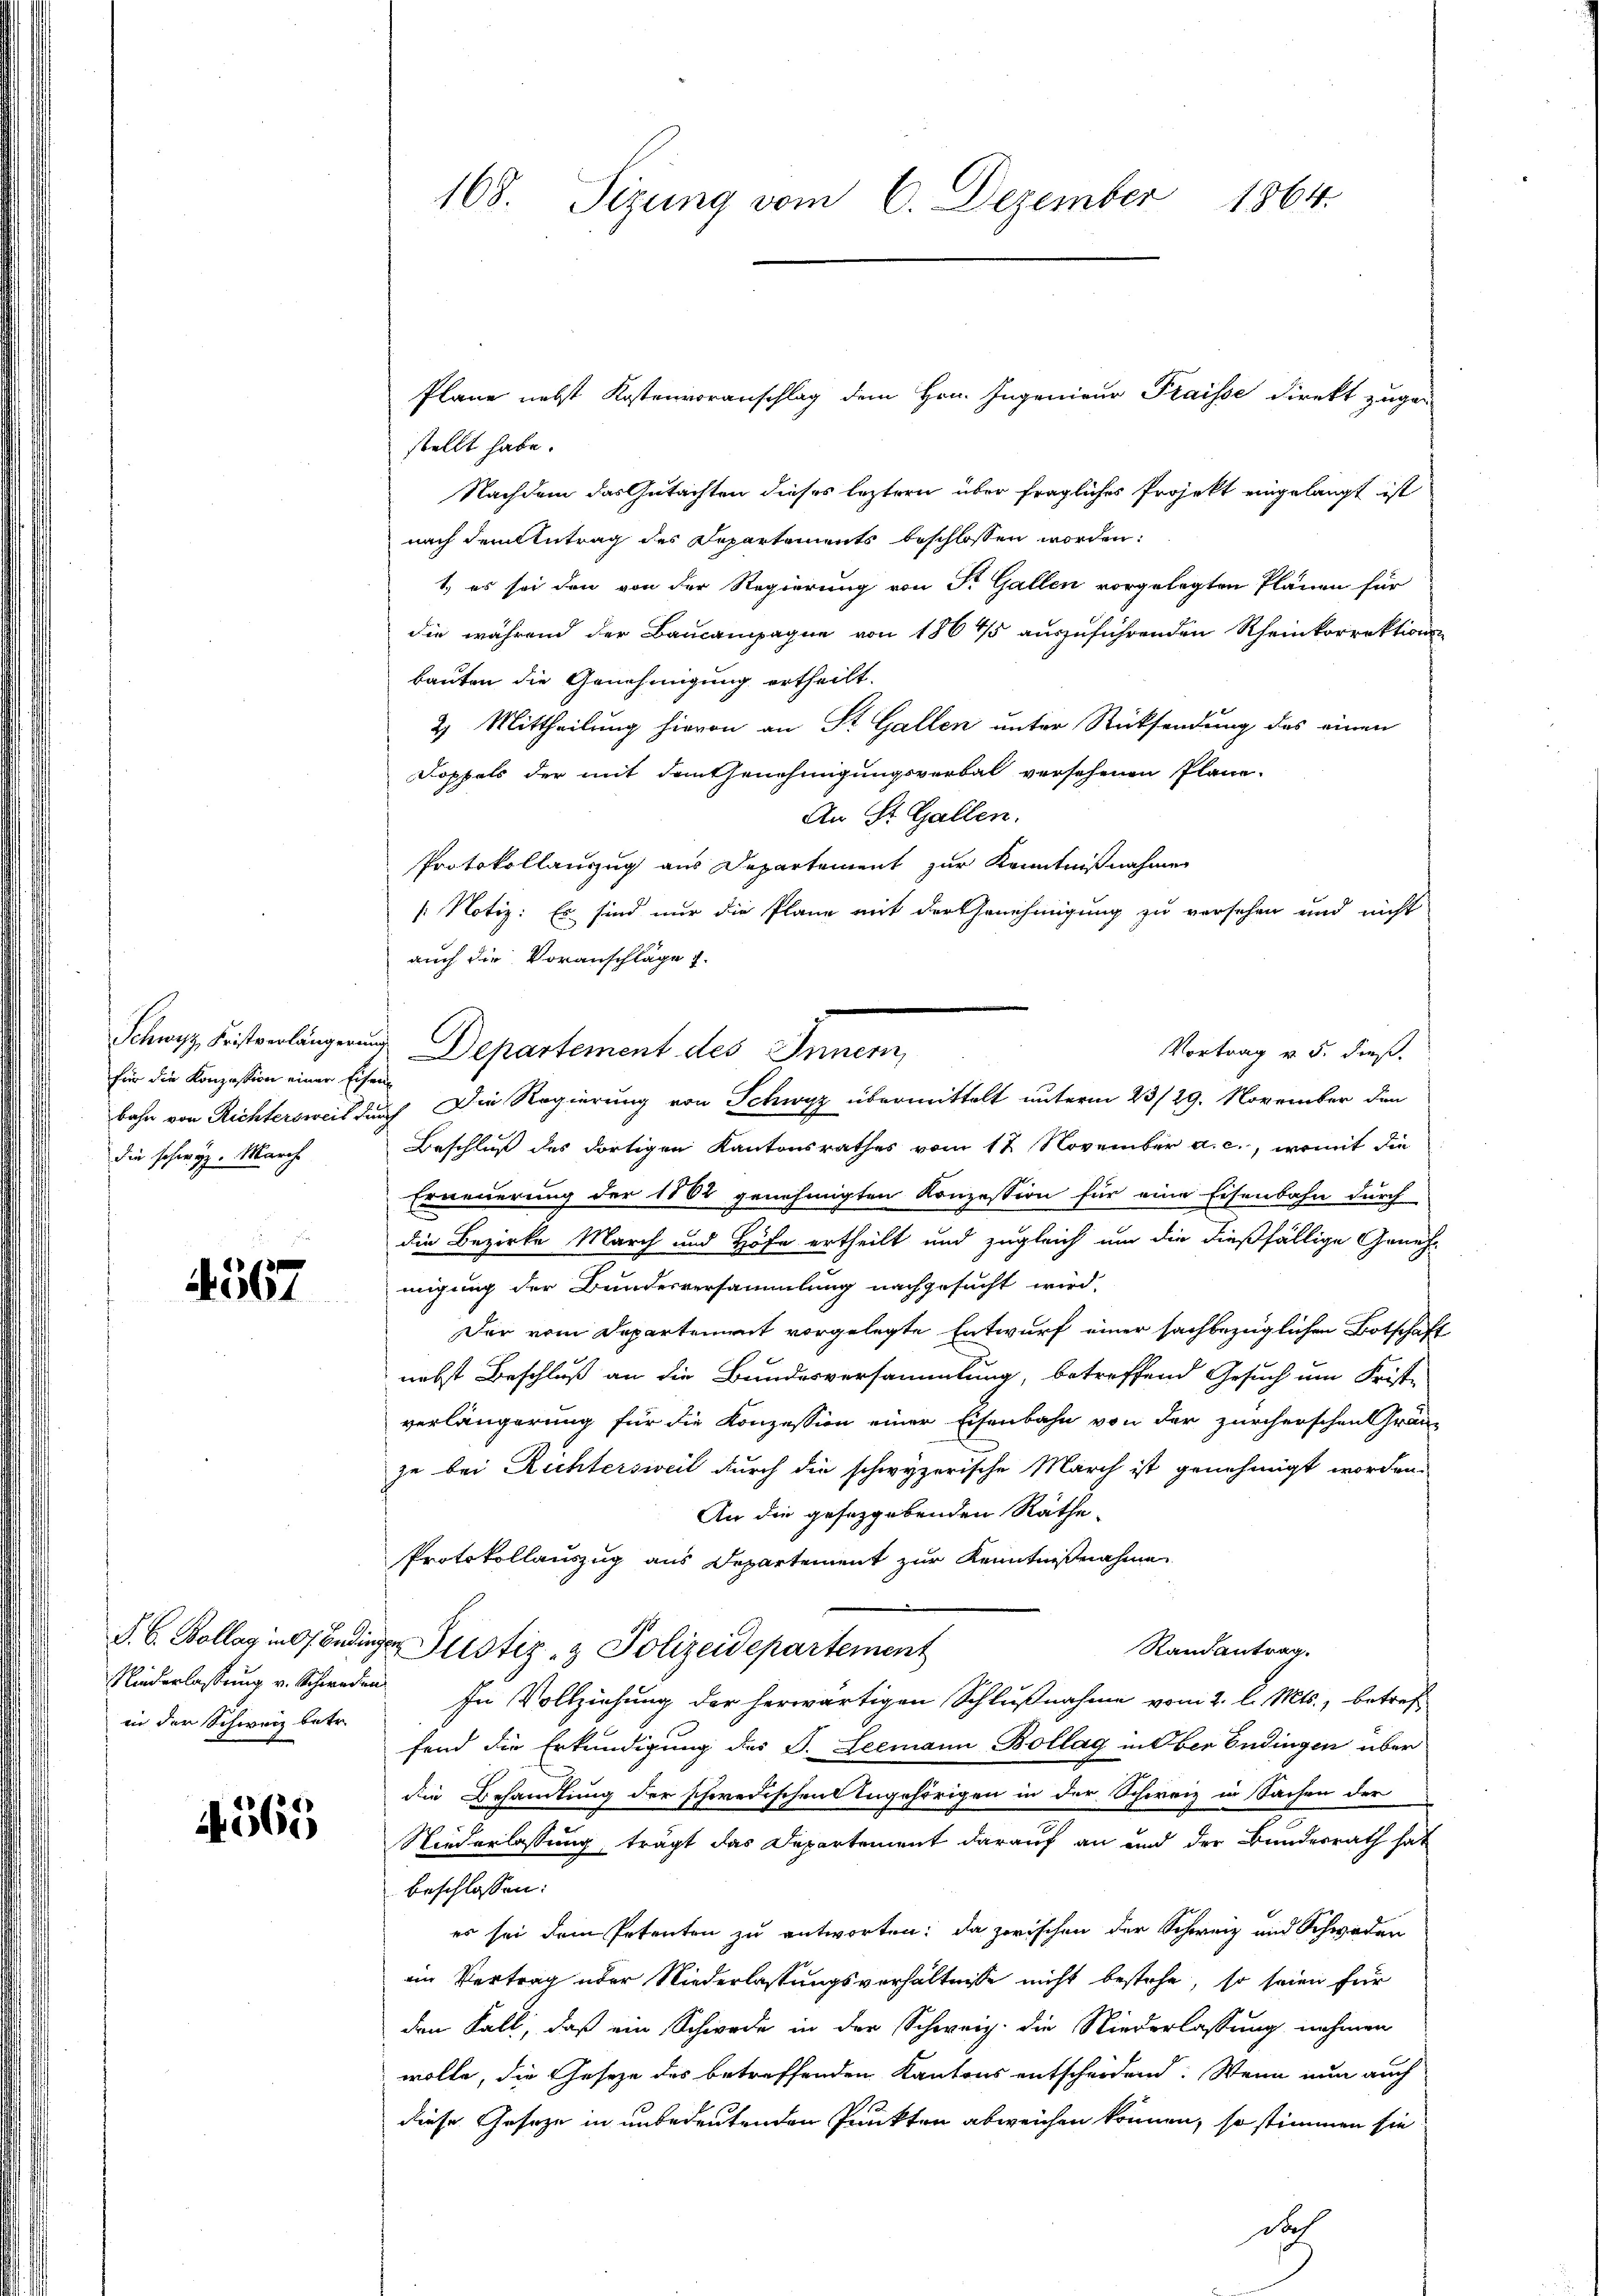
für die Konzession einer Eisen
bahn von Richtersweis durch
die schwyz. Marche

4567

in der Schweiz betr.

4565

168. Sitzung vom 6. Dezember 1864.

Plane nebst Kostenvoranschlag dem Hrn. Ingenieur Fraisse direkt zugestellt habe.
Nachdem das Gutachten dieses leztern über fragliches Projekt eingelangt ist
nach dem Antrag des Departements beschlossen worden:
t, es sei den von der Regierung von St. Gallen vorgelegten Plänen für
die während der Baucampagne von 186 4/5 auszuführenden Rheinkorrektions-
bauten die Genehmigung ertheilt.
2. Mittheilung hievon an St. Gallen unter Rücksendung des einen
Doppels der mit dem Genehmigungsverbal versehenen Plane-
An St. Gallen.
Protokollauszug aus Departement zur Kenntnißnahme
/: Notiz: Es sind nur die Plane mit der Genehmigung zu versehen und nicht
auch die Voranschläge 1.
i
Beschluß des dortigen Kantonsrathes vom 12 November a. c., womit die
Erneuerung der 1862 genehmigten Konzession für eine Eisenbahn durch
die Bezirke March und Höfe ertheilt und zugleich um die dießfällige Genehmigung der Bundesversammlung nachgesucht wird.
Der vom Departement vorgelegte Entwurf einer sachbezüglichen Botschaft
nebst Beschluß an die Bundesversammlung, betreffend Gesuch um Frist-
verlängerung für die Konzession einer Eisenbahn von der zürcherschen Gränz
ze bei Richtersweil durch die schwyzerische March ist genehmigt worden.
An die gesezgebenden Räthe
Protokollauszug aus Departement zur Kenntnißnahme
S. B. Kollag in Bedinger Justiz- & Polizeidepartement
Randantrag.
Niederlassung v. Schweden In Vollziehung der herwärtigen Schlußnahme vom 2. l. Mts., betreffend die Erkundigung des P. Leemann Bollag in Ober Endingen über
die Behandlung der schwedischen Angehörigen in der Schweiz in Sachen der
Niederlassung trägt das Departement darauf an und der Bundesrath hat
beschlossen:
es sei dem Petenten zu antworten; da zwischen der Schweiz und Schweden
ein Vertrag über Niederlassungsverhältnisse nicht bestehe, so seien für
den Fall, daß ein Schwede in der Schweiz die Niederlassung nehmen
wolle, die Gesetze des betreffenden Kantons entscheidend: Wenn nun auch
diese Gesetze in unbedeutenden Punkten abweichen können, so stimmen sie

Schwyz Fistenlängerung Departement des Innern,

Vortrag v. 5. dieß.
Die Regierung von Schwyz übermittelt unterm 23/29. November den